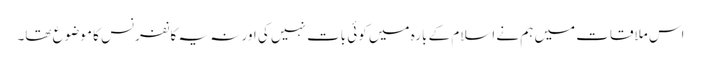
اس ملاقات میں ہم نے اسلام کے بارہ میں کوئی بات نہیں کی اور نہ یہ کانفرنس کا موضوع تھا۔